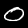
Label: 0